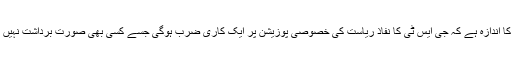
سیول سوسائٹی کا اندازہ ہے کہ جی ایس ٹی کا نفاذ ریاست کی خصوصی پوزیشن پر ایک کاری ضرب ہوگی جسے کسی بھی صورت برداشت نہیں کیا جاسکتا ہے۔